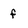
Character: f